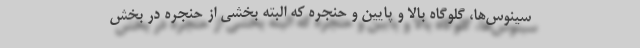
سینوس‌ها، گلوگاه بالا و پایین و حنجره که البته بخشی از حنجره در بخش